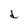
Character: d